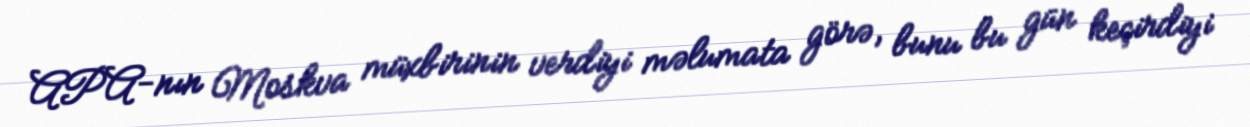
APA-nın Moskva müxbirinin verdiyi məlumata görə, bunu bu gün keçirdiyi